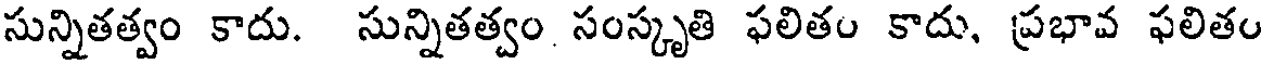
సున్నితత్వం కాదు. సున్నితత్వం. సంస్కృతి ఫలితం కాదు, ప్రభావ ఫలితం